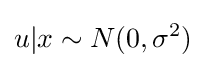
u|x\sim N(0,\sigma ^{2})